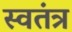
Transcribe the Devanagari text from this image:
स्वतंत्र